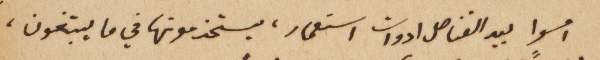
امسوا بيد القناصل ادوات استعمار، يستخدمونها في ما يبتغون،